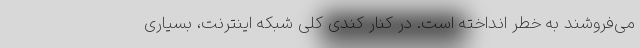
می‌فروشند به خطر انداخته است. در کنار کندی کلی شبکه اینترنت، بسیاری